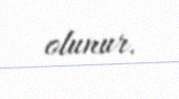
olunur.